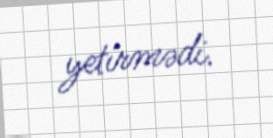
yetirmədi.